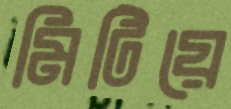
মিটিয়ে